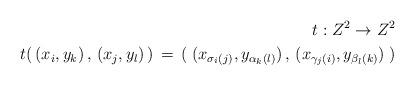
LaTeX: \begin{align*}t: Z^2 \rightarrow Z^2\\t(\,(x_i,y_k)\,,\,(x_j,y_l)\,)\,=\,(\;(x_{\sigma_i(j)},y_{\alpha_k(l)})\,,\,(x_{\gamma_j(i)},y_{\beta_l(k)})\;) \end{align*}